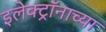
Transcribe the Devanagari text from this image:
इलेक्ट्रॉनाच्या